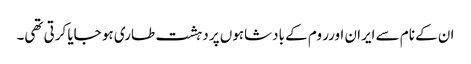
ان کے نام سے ایران اورر وم کے بادشاہوں پر دہشت طاری ہو جایا کرتی تھی۔